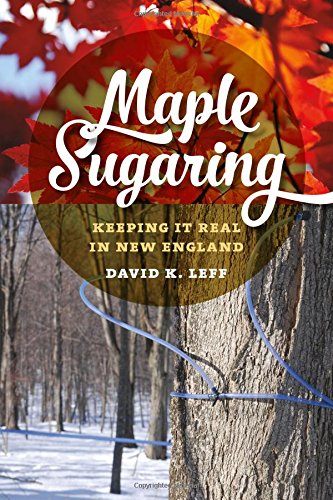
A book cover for Maple Sugaring: Keeping It Real in New England (Garnet Books); David K. Leff; Cookbooks, Food & Wine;